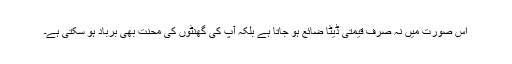
اس صورت میں نہ صرف قیمتی ڈیٹا ضائع ہو جاتا ہے بلکہ آپ کی گھنٹوں کی محنت بھی برباد ہو سکتی ہے۔